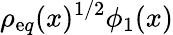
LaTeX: \rho_{\mathrm{e}q}(x)^{1/2}\phi_{1}(x)